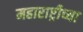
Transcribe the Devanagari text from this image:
महाराष्ट्रीच्या